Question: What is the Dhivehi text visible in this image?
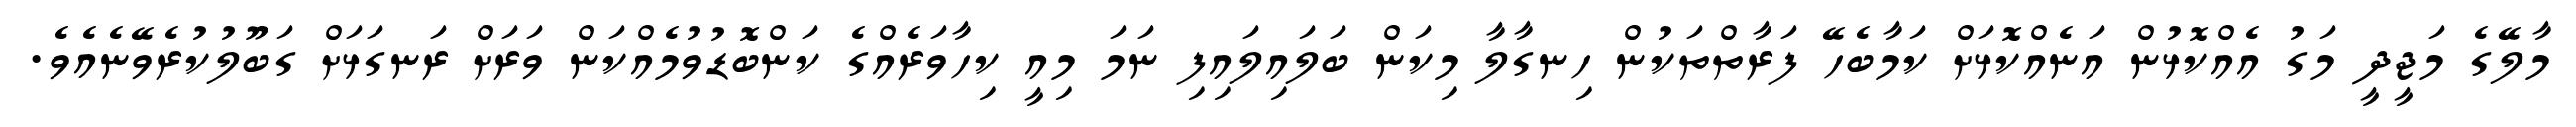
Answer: މާލޭގެ މަޖީދީ މަގު އެއްކޮޅުން އަނެއްކޮޅަށް ކަމާބެހޭ ފަރާތްތަކުން ހިނގާލާ މިކަން ބަލައިލައިފި ނަމަ މިއީ ކިހާވަރެއްގެ ކަންބޮޑުވުމެއްކަން ވަރަށް ރަނގަޅަށް ގަބޫލުކުރެވޭނެއެވެ.